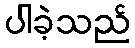
ပါခဲ့သည်